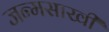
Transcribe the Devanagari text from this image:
जन्मसाखी